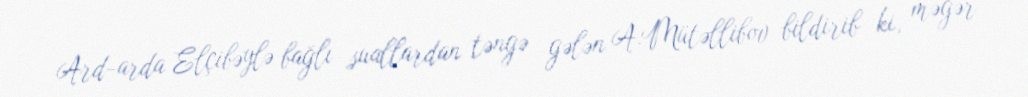
Ard-arda Elçibəylə bağlı suallardan təngə gələn A.Mütəllibov bildirib ki, məgər